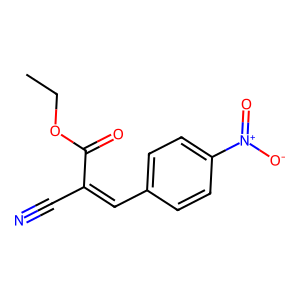
SMILES: CCOC(=O)C(C#N)=Cc1ccc([N+](=O)[O-])cc1
Inhibits HIV replication: No